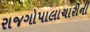
રાજગોપાલાચારીની